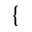
\{